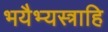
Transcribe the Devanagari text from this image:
भयैभ्यस्त्राहि